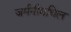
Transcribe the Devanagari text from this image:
जर्मनीमधिल